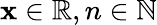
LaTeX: \mathbf{x}\in\mathbb{{R}},n\in\mathbb{{N}}